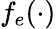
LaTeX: f_{e}(\cdot)